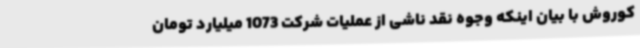
کوروش با بیان اینکه وجوه نقد ناشی از عملیات شرکت 1073 میلیارد تومان